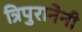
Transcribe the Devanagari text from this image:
त्रिपुरानेनी